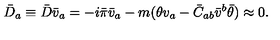
\bar { D } _ { a } \equiv \bar { D } \bar { v } _ { a } = - i \bar { \pi } \bar { v } _ { a } - m ( \theta v _ { a } - \bar { C } _ { a b } \bar { v } ^ { b } \bar { \theta } ) \approx 0 .